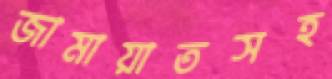
জামায়াতসহ